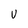
Character: U